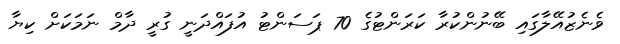
ވެނެޒުއޭލާގައި ބޭނުންކުރާ ކަރަންޓުގެ 70 ޕަސަންޓު އުފައްދަނީ ގުރީ ދާމް ނަމަކަށް ކިޔާ